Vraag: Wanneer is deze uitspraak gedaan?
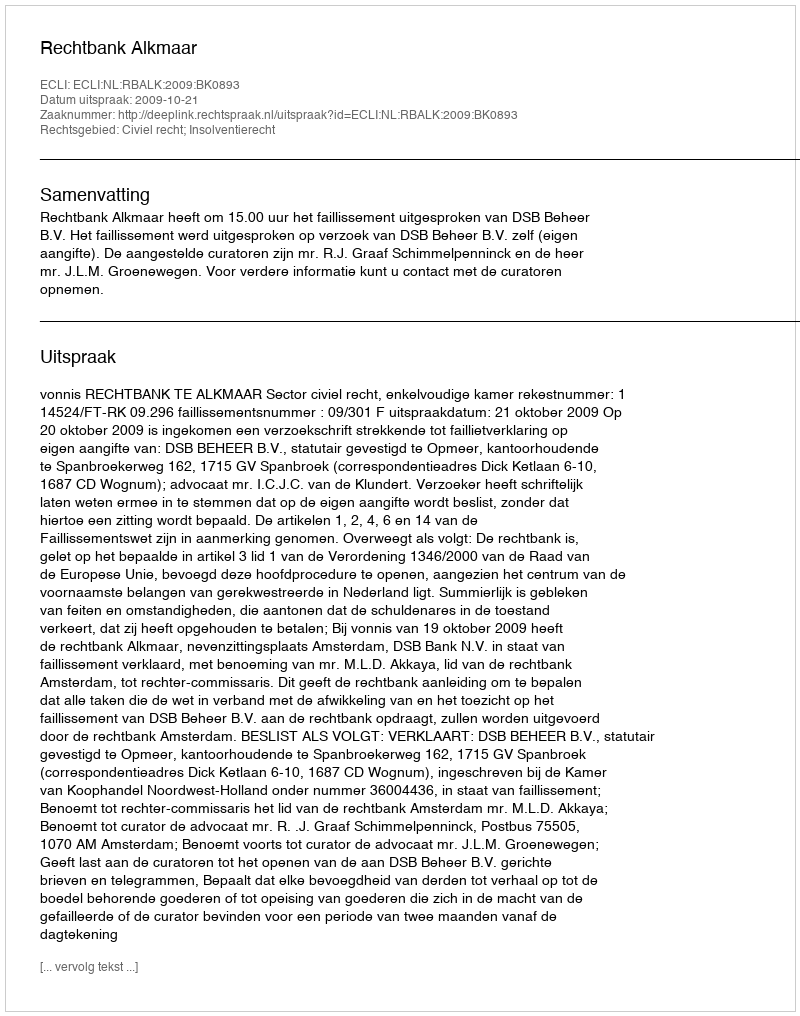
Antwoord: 2009-10-21